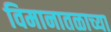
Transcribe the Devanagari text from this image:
विमानातळाच्या